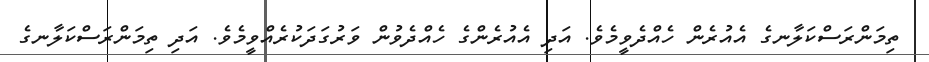
ތިމަންރަސްކަލާނގެ އެއުރެން ހެއްދެވީމެވެ. އަދި އެއުރެންގެ ހެއްދެވުން ވަރުގަދަކުރެއްވީމެވެ. އަދި ތިމަންރަސްކަލާނގެ